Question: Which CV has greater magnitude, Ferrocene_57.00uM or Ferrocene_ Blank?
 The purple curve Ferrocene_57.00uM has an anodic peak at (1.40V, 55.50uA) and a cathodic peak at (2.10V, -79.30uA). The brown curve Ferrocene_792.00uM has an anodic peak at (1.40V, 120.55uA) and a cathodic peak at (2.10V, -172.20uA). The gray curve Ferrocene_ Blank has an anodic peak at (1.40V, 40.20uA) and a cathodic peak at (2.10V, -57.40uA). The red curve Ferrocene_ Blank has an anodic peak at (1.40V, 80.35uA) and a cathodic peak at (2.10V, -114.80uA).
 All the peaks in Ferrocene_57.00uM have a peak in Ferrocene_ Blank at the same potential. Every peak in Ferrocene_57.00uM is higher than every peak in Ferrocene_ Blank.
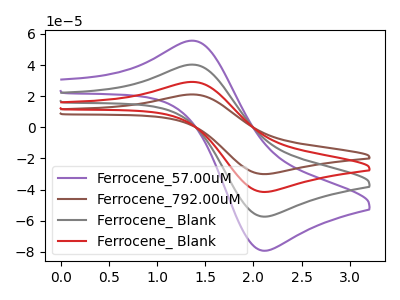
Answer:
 <answer>"Ferrocene_57.00uM" has more signal than "Ferrocene_ Blank".</answer>
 <eval>more_signal</eval>